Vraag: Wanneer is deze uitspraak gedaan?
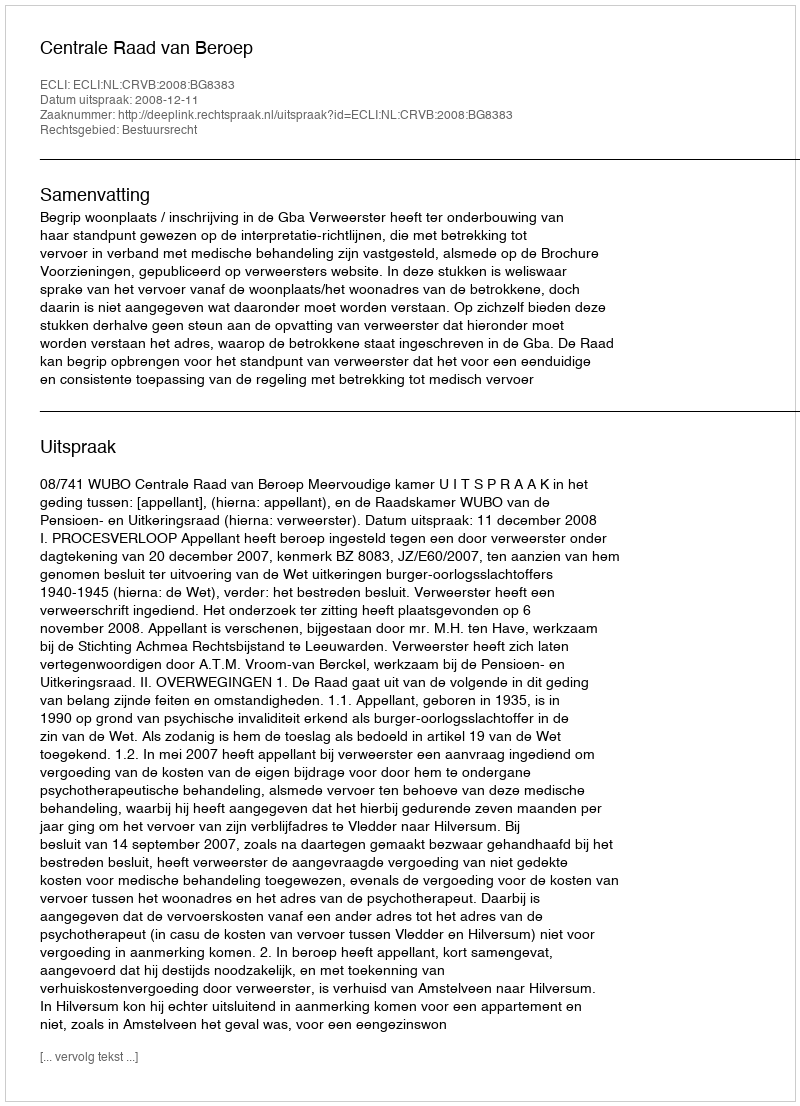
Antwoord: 2008-12-11